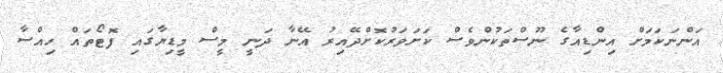
އަންނަކަމަށް އިންޑިއާގެ ނޫސްތަކުންވެސް ކަށަވަރުކޮށްދޭއިރު އޭނާ ދަނީ މީސް މީޑިޔާގައި ފޮޓޯތައް ހިއްސާ